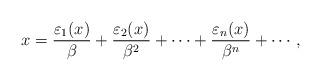
LaTeX: \begin{align*}x = \frac{\varepsilon_1(x)}{\beta} + \frac{\varepsilon_2(x)}{\beta^2} + \cdots + \frac{\varepsilon_n(x)}{\beta^n} + \cdots,\end{align*}